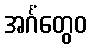
အင်္ဂံတွေဝ